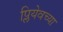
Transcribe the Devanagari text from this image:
प्लियेवच्या